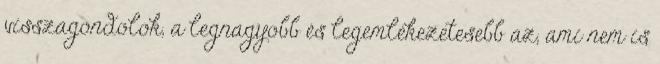
visszagondolok, a legnagyobb és legemlékezetesebb az, ami nem is